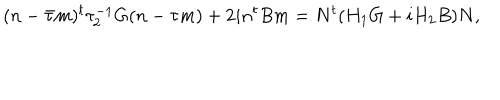
LaTeX: ( n - \bar { \tau } m ) ^ { t } \tau _ { 2 } ^ { - 1 } G ( n - \tau m ) + 2 i n ^ { t } B m = N ^ { t } ( H _ { 1 } G + i H _ { 2 } B ) N ,